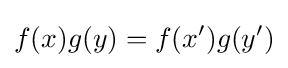
f(x)g(y)=f(x')g(y')